Indian journal of veterinary science and animal husbandry - Volume 5,
Year: 1935
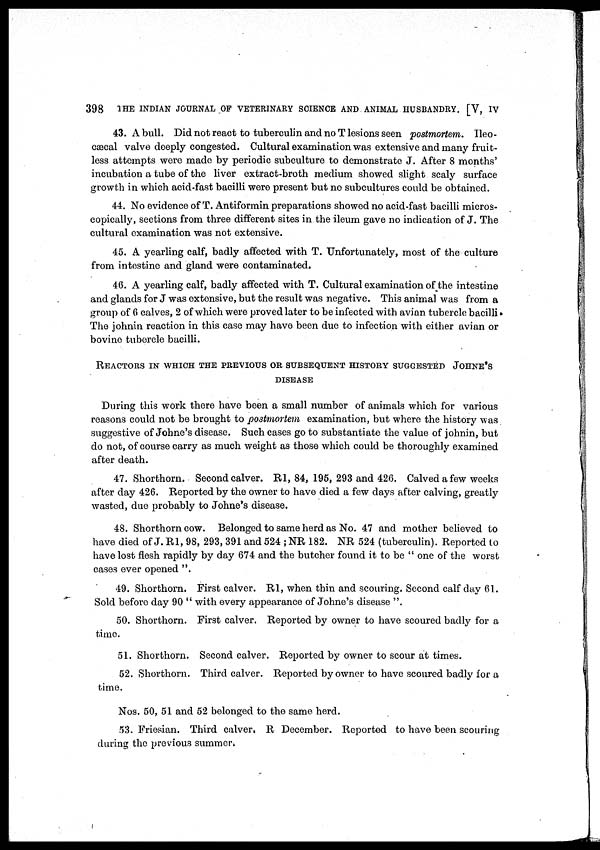
398 THE INDIAN JOURNAL OF VETERINARY SCIENCE AND ANIMAL HUSBANDRY. [V, IV
43. A bull. Did not react to tuberculin and no T lesions seen postmortem. Ileo-
cæcal valve deeply congested. Cultural examination was extensive and many fruit-
less attempts were made by periodic subculture to demonstrate J. After 8 months'
incubation a tube of the liver extract-broth medium showed slight scaly surface
growth in which acid-fast bacilli were present but no subcultures could be obtained.
44. No evidence of T. Antiformin preparations showed no acid-fast bacilli micros-
copically, sections from three different sites in the ileum gave no indication of J. The
cultural examination was not extensive.
45. A yearling calf, badly affected with T. Unfortunately, most of the culture
from intestine and gland were contaminated.
46. A yearling calf, badly affected with T. Cultural examination of the intestine
and glands for J was extensive, but the result was negative. This animal was from a
group of 6 calves, 2 of which were proved later to be infected with avian tubercle bacilli.
The johnin reaction in this case may have been due to infection with either avian or
bovine tubercle bacilli.
REACTORS IN WHICH THE PREVIOUS OR SUBSEQUENT HISTORY SUGGESTED JOHNE'S
DISEASE
During this work there have been a small number of animals which for various
reasons could not be brought to postmortem examination, but where the history was
suggestive of Johne's disease. Such cases go to substantiate the value of johnin, but
do not, of course carry as much weight as those which could be thoroughly examined
after death.
47. Shorthorn. Second calver. R1, 84, 196, 293 and 426. Calved a few weeks
after day 426. Reported by the owner to have died a few days after calving, greatly
wasted, due probably to Johne's disease.
48. Shorthorn cow. Belonged to same herd as No. 47 and mother believed to
have died of J. R1, 98, 293, 391 and 524 ; NR 182. NR 524 (tuberculin). Reported to
have lost flesh rapidly by day 674 and the butcher found it to be " one of the worst
cases ever opened ".
49. Shorthorn. First calver. R1, when thin and scouring. Second calf day 61.
Sold before day 90 " with every appearance of Johne's disease ".
50. Shorthorn. First calver. Reported by owner to have scoured badly for a
time.
51. Shorthorn. Second calver. Reported by owner to scour at times.
52. Shorthorn. Third calver. Reported by owner to have scoured badly for a
time.
Nos. 50, 51 and 52 belonged to the same herd.
53. Friesian. Third calver, R December. Reported to have been scouring
during the previous summer.